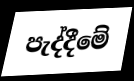
පැද්දීමේ